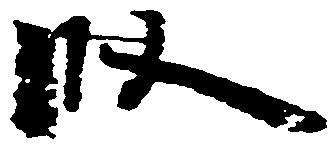
段